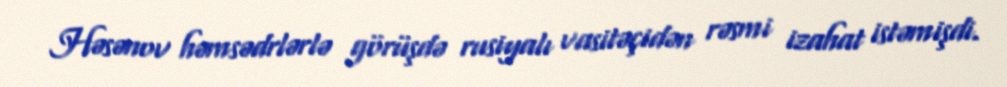
Həsənov həmsədrlərlə görüşdə rusiyalı vasitəçidən rəsmi izahat istəmişdi.